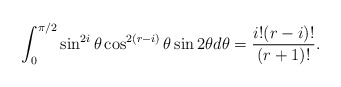
\begin{align*}\int_0^{\pi/2}\sin^{2i}\theta \cos^{2(r-i)}\theta\sin 2\theta d\theta=\frac{i! (r-i)!}{(r+1)!}.\end{align*}